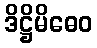
ဒိဋ္ဌိမိဓေဝ